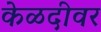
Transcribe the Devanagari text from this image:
केळदीवर